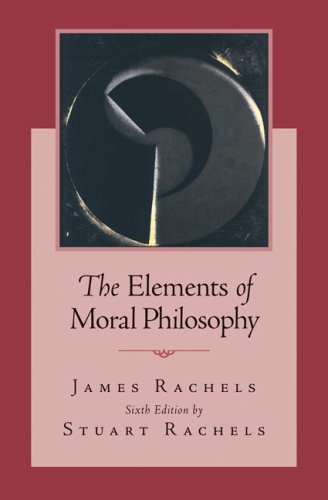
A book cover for The Elements of Moral Philosophy; James Rachels; Politics & Social Sciences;